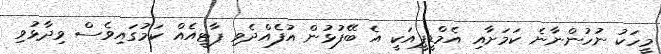
މީހަކު ނުހުންނާނެ ކަމަށާއި އެމްޑީޕީއަކީ އެ ބޭފުޅުން އުފެއްދެވި ޕާޓީއެއް ކަމުގައިވެސް ވިދާޅުވި